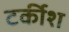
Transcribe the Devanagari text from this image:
टर्कीश